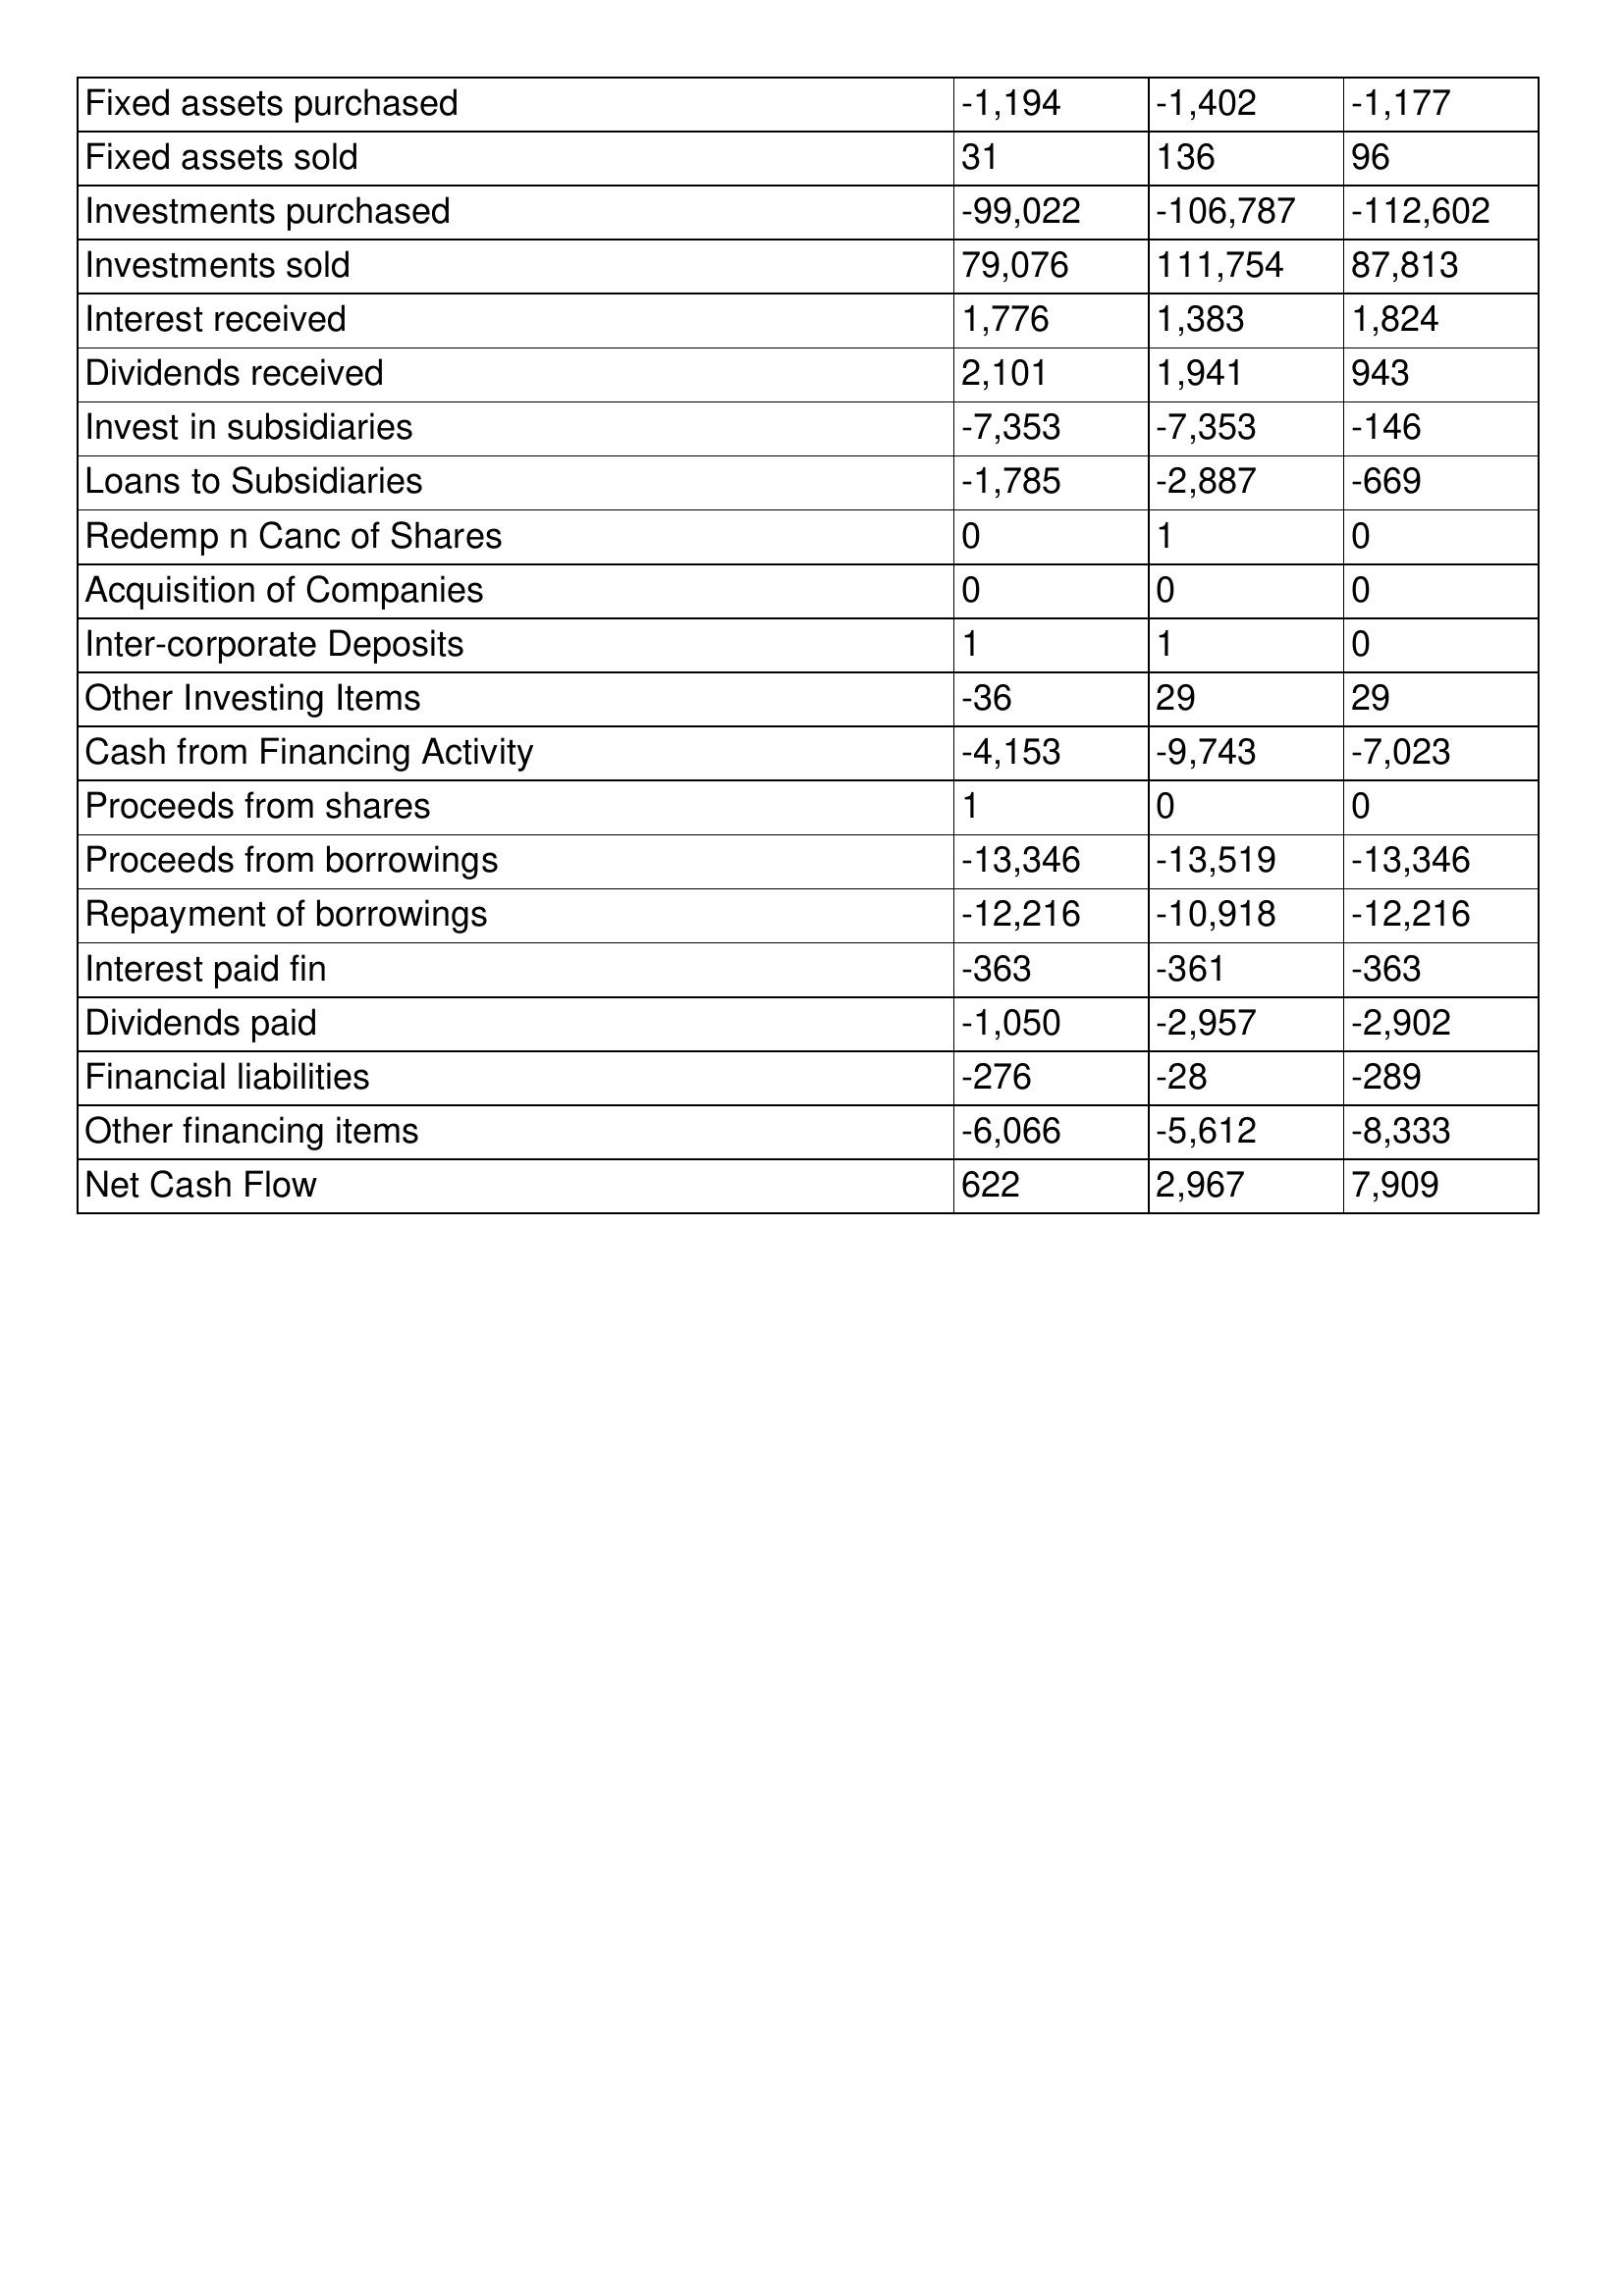
gt_parse: 2016: Cash Flows: Fixed assets purchased: -1,194
Fixed assets sold: 31
Investments purchased: -99,022
Investments sold: 79,076
Interest received: 1,776
Dividends received: 2,101
Invest in subsidiaries: -7,353
Loans to Subsidiaries: -1,785
Redemp n Canc of Shares: 0
Acquisition of Companies: 0
Inter-corporate Deposits: 1
Other Investing Items: -36
Cash from Financing Activity: -4,153
Proceeds from shares: 1
Proceeds from borrowings: -13,346
Repayment of borrowings: -12,216
Interest paid fin: -363
Dividends paid: -1,050
Financial liabilities: -276
Other financing items: -6,066
Net Cash Flow: 622
2015: Cash Flows: Fixed assets purchased: -1,402
Fixed assets sold: 136
Investments purchased: -106,787
Investments sold: 111,754
Interest received: 1,383
Dividends received: 1,941
Invest in subsidiaries: -7,353
Loans to Subsidiaries: -2,887
Redemp n Canc of Shares: 1
Acquisition of Companies: 0
Inter-corporate Deposits: 1
Other Investing Items: 29
Cash from Financing Activity: -9,743
Proceeds from shares: 0
Proceeds from borrowings: -13,519
Repayment of borrowings: -10,918
Interest paid fin: -361
Dividends paid: -2,957
Financial liabilities: -28
Other financing items: -5,612
Net Cash Flow: 2,967
2014: Cash Flows: Fixed assets purchased: -1,177
Fixed assets sold: 96
Investments purchased: -112,602
Investments sold: 87,813
Interest received: 1,824
Dividends received: 943
Invest in subsidiaries: -146
Loans to Subsidiaries: -669
Redemp n Canc of Shares: 0
Acquisition of Companies: 0
Inter-corporate Deposits: 0
Other Investing Items: 29
Cash from Financing Activity: -7,023
Proceeds from shares: 0
Proceeds from borrowings: -13,346
Repayment of borrowings: -12,216
Interest paid fin: -363
Dividends paid: -2,902
Financial liabilities: -289
Other financing items: -8,333
Net Cash Flow: 7,909